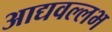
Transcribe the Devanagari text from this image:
आद्यवल्लभ